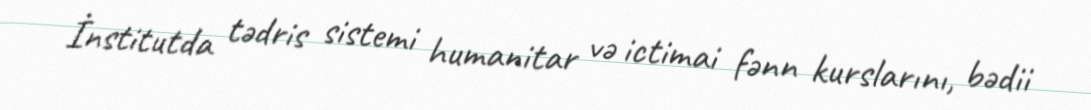
İnstitutda tədris sistemi humanitar və ictimai fənn kurslarını, bədii